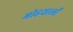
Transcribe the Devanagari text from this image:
मोहयालों